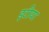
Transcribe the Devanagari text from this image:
इटीया